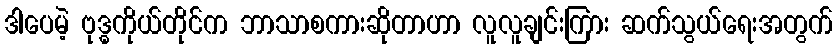
ဒါပေမဲ့ ဗုဒ္ဓကိုယ်တိုင်က ဘာသာစကားဆိုတာဟာ လူလူချင်းကြား ဆက်သွယ်ရေးအတွက်